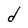
Character: d